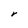
Character: r